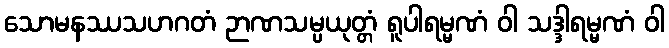
သောမနဿသဟဂတံ ဉာဏသမ္ပယုတ္တံ ရူပါရမ္မဏံ ဝါ သဒ္ဒါရမ္မဏံ ဝါ